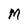
Character: M